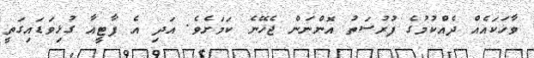
ވާހަކައެއް ދެއްކުމުގެ ފުރުސަތު އޮންނަން ޖެހޭނެ ކަމަށެވެ. އަދި އެ ޕާޓީއާ ގުޅިވަޑައިގަތީ